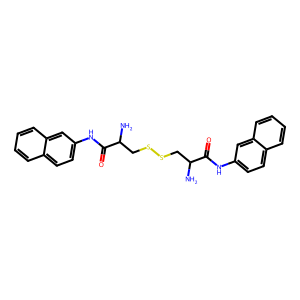
SMILES: NC(CSSCC(N)C(=O)Nc1ccc2ccccc2c1)C(=O)Nc1ccc2ccccc2c1
Inhibits HIV replication: No